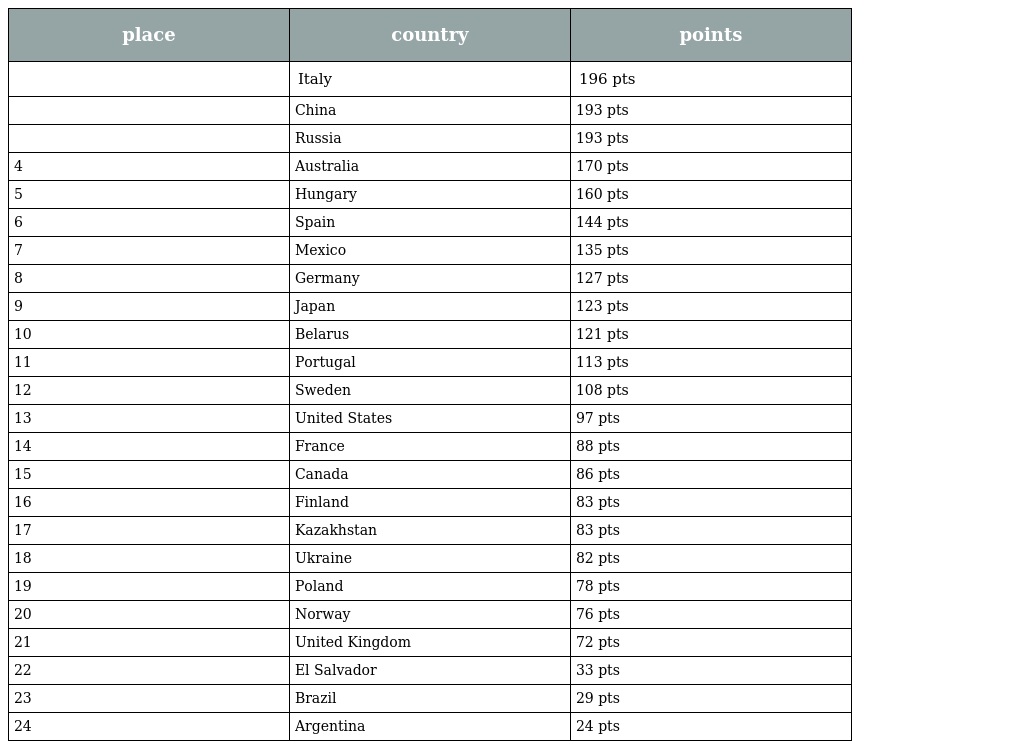
| place | country | points |
 | --- | --- | --- |
 |  | Italy | 196 pts |
 |  | China | 193 pts |
 |  | Russia | 193 pts |
 | 4 | Australia | 170 pts |
 | 5 | Hungary | 160 pts |
 | 6 | Spain | 144 pts |
 | 7 | Mexico | 135 pts |
 | 8 | Germany | 127 pts |
 | 9 | Japan | 123 pts |
 | 10 | Belarus | 121 pts |
 | 11 | Portugal | 113 pts |
 | 12 | Sweden | 108 pts |
 | 13 | United States | 97 pts |
 | 14 | France | 88 pts |
 | 15 | Canada | 86 pts |
 | 16 | Finland | 83 pts |
 | 17 | Kazakhstan | 83 pts |
 | 18 | Ukraine | 82 pts |
 | 19 | Poland | 78 pts |
 | 20 | Norway | 76 pts |
 | 21 | United Kingdom | 72 pts |
 | 22 | El Salvador | 33 pts |
 | 23 | Brazil | 29 pts |
 | 24 | Argentina | 24 pts |